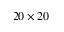
2 0 \times 2 0